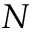
N